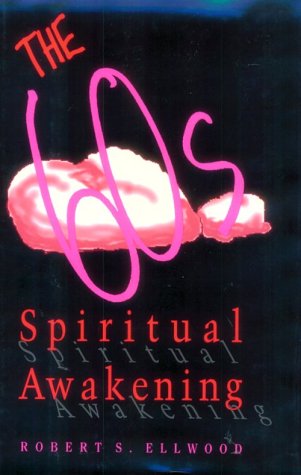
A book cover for The Sixties Spiritual Awakening; Robert S. Ellwood; Religion & Spirituality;